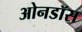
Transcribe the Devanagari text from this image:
ओनडॉस